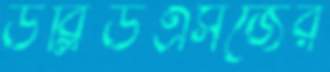
ডব্লিউএসজের